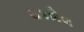
ચકદિલ